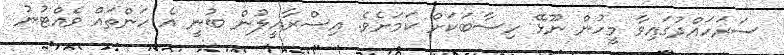
ސަރަހައްދުގައިވާ މީހުން ނޫޅޭ ހިސާބަކަށް ކަމަށެވެ. އިސްރާއީލުން ބުނީ އެ ހަންތައް ވެއްޓުނު